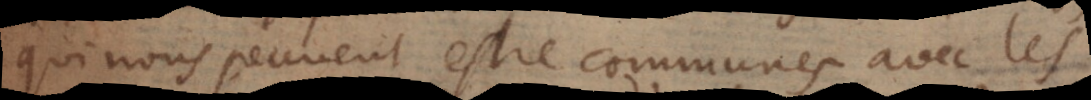
qui nous peuvent estre communes avec les